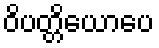
ဝိပတ္တိယောပေ